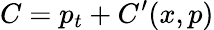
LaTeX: C=p_{t}+C^{\prime}(x,p)